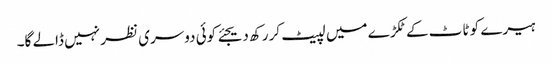
ہیرے کو ٹاٹ کے ٹکڑے میں لپیٹ کر رکھ دیجئے کوئی دوسری نظر نہیں ڈالے گا۔